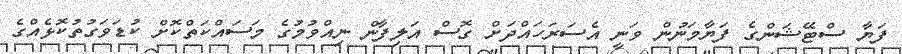
ފަޔާ ސްޓޭޝަންގެ ފަޔާމަނުން ވަނީ އެސަރަހައްދަށް ގޮސް އަލިފާން ނިއްވުމުގެ މަސައްކަތްކޮށް ކުޑަވަގުތުކޮޅެއްގެ